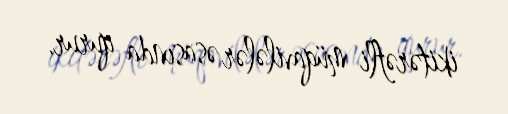
ikitərəfli müqavilələr əsasında qurur.